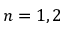
n = 1 , 2